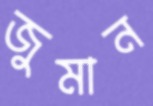
জুমান